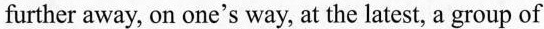
further away, on one's way, at the latest, a group of